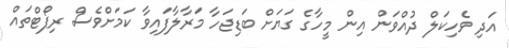
އަދި ވެހިކަލް ދުއްވަން އިން މީހާގެ ގަޔަށް ބަޑިޖަހާ މަރާލާފައިވާ ކަމަށްވެސް ރިޕޯޓްތައް